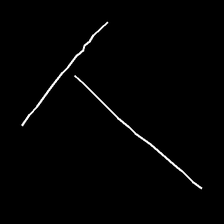
Glyph: column